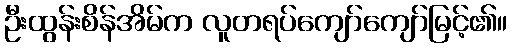
ဦးထွန်းစိန်အိမ်က လူတရပ်ကျော်ကျော်မြင့်၏။